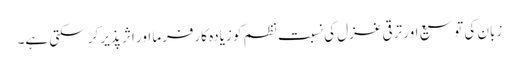
زبان کی توسیع اور ترقی غزل کی نسبت نظم کو زیادہ کارفرما اور اثر پذیر کر سکتی ہے۔